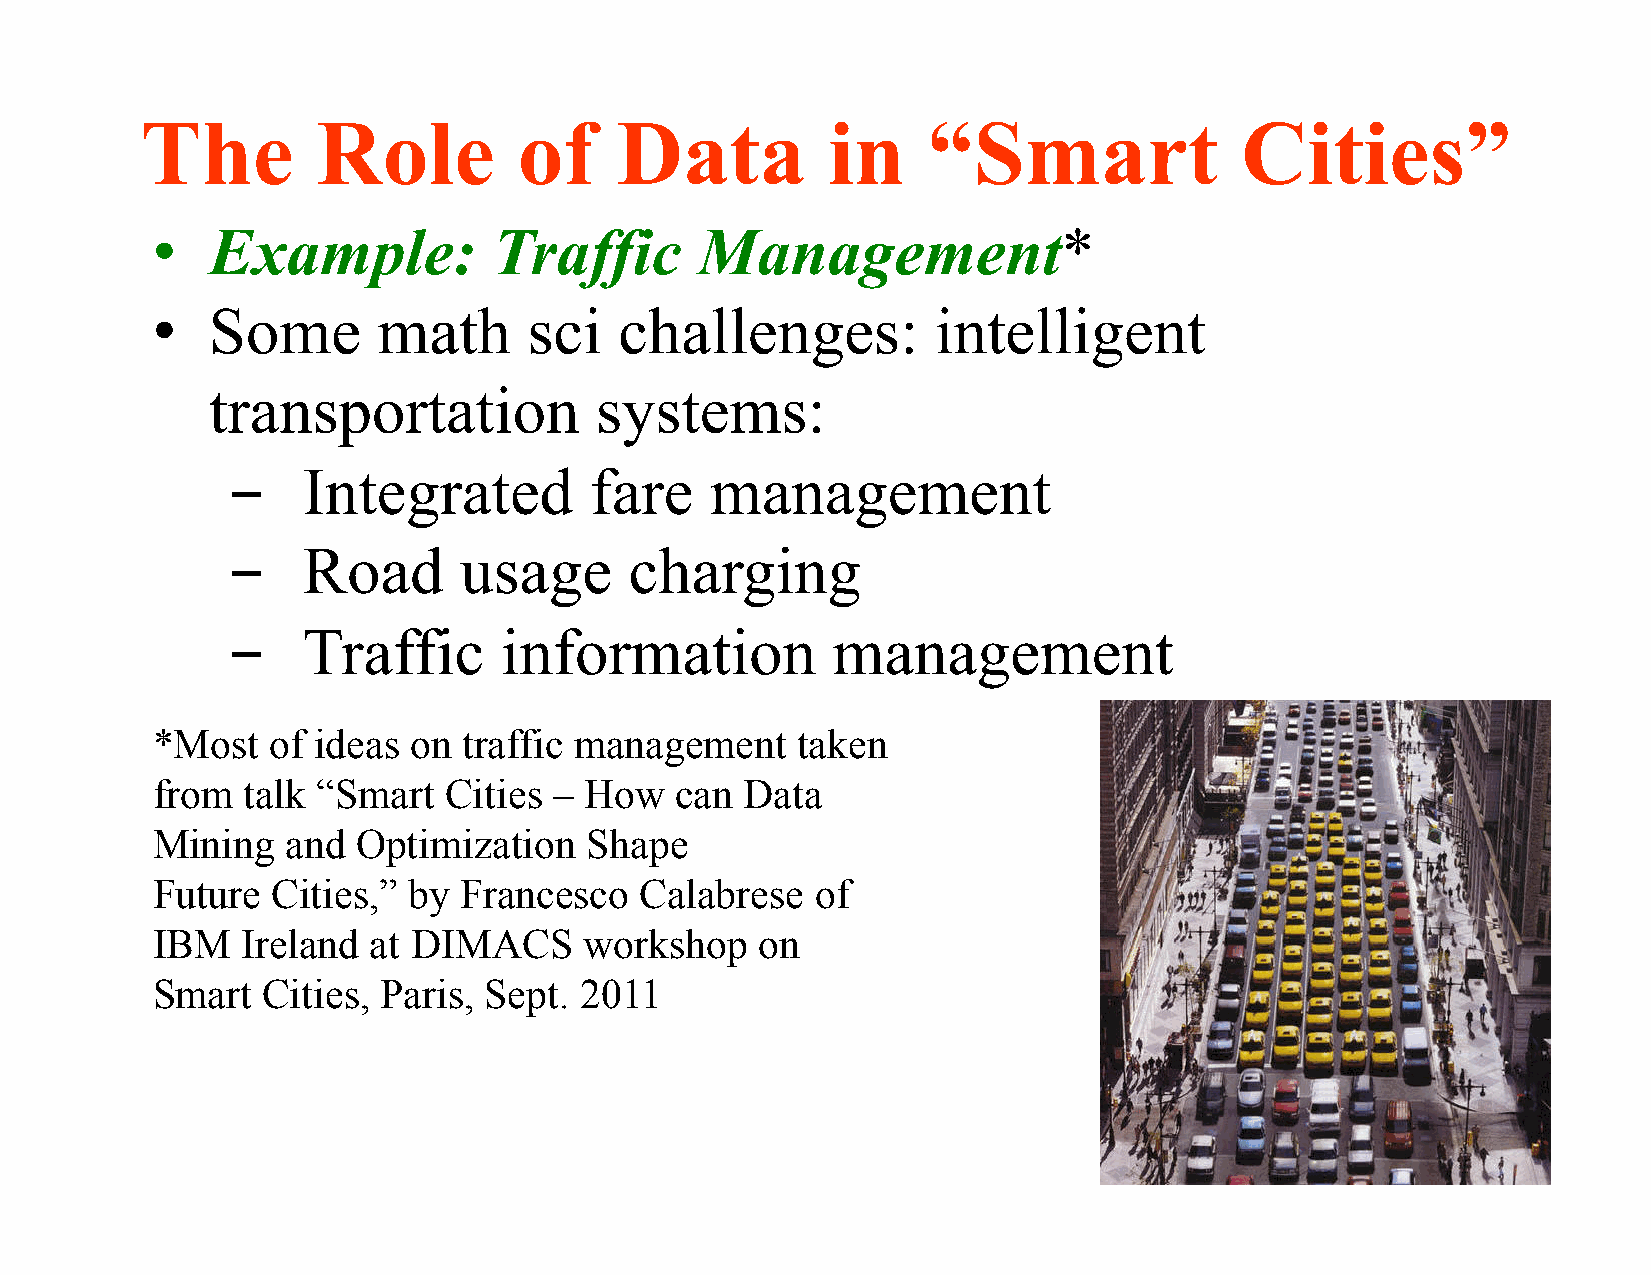
The         Role         of     Data          in    “Smart               Cities”
 •   Example:           Traffic      Management*
 •   Some       math      sci   challenges:          intelligent
 transportation           systems:
 ­    Integrated         fare    management
 ­    Road      usage       charging
 ­    Traffic      information           management
 *Most   of ideas on  traffic management    taken
 from  talk “Smart  Cities  – How   can Data
 Mining   and  Optimization   Shape
 Future  Cities,” by Francesco   Calabrese   of
 IBM   Ireland at DIMACS      workshop   on
 Smart  Cities, Paris, Sept. 2011
 17